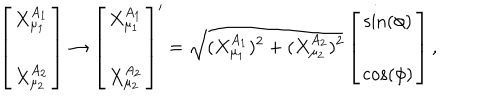
\left[ \begin{array} { c } { { X _ { \mu _ { 1 } } ^ { A _ { 1 } } } } \\ { { X _ { \mu _ { 2 } } ^ { A _ { 2 } } } } \\ \end{array} \right] \rightarrow \left[ \begin{array} { c } { { X _ { \mu _ { 1 } } ^ { A _ { 1 } } } } \\ { { X _ { \mu _ { 2 } } ^ { A _ { 2 } } } } \\ \end{array} \right] ^ { \prime } = \sqrt { ( X _ { \mu _ { 1 } } ^ { A _ { 1 } } ) ^ { 2 } + ( X _ { \mu _ { 2 } } ^ { A _ { 2 } } ) ^ { 2 } } \left[ \begin{array} { c } { { \sin ( \phi ) } } \\ { { \cos ( \phi ) } } \\ \end{array} \right] ,